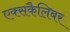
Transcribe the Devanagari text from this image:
एक्सकैलिबर